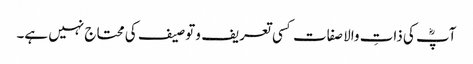
آپؓ کی ذاتِ والا صفات کسی تعریف و توصیف کی محتاج نہیں ہے۔